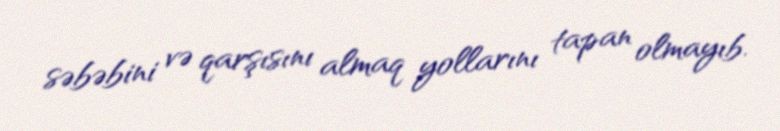
səbəbini və qarşısını almaq yollarını tapan olmayıb.